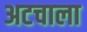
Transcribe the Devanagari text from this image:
अटचाला